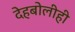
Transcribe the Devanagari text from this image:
देहबोलीही